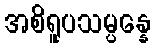
အစိရူပသမ္ပန္နေ